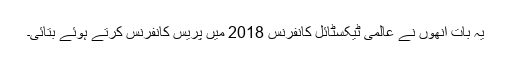
یہ بات انھوں نے عالمی ٹیکسٹائل کانفرنس 2018 میں پریس کانفرنس کرتے ہوئے بتائی۔